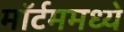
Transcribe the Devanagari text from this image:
मॉर्टममध्ये